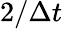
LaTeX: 2/\Delta t